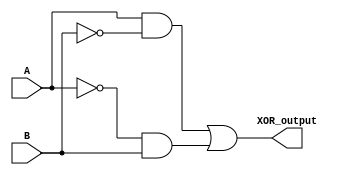
module XOR_using_transmission_gates (
    input A, 
    input B, 
    output XOR_output
);

wire A_pass, B_pass, XOR_output_tmp;

// Transmission gates
assign A_pass = A & ~B;
assign B_pass = ~A & B;

// OR gate to combine outputs
assign XOR_output_tmp = A_pass | B_pass;
assign XOR_output = XOR_output_tmp;

endmodule